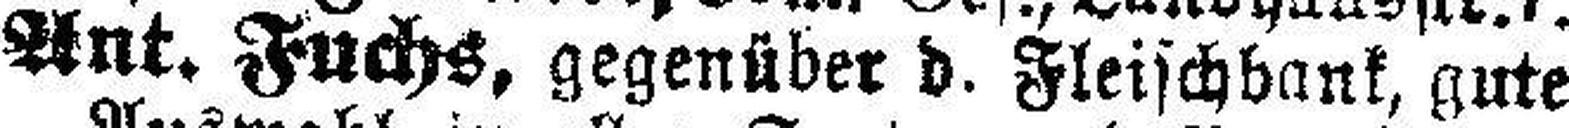
Ant. Fuchs, gegenüber d. Fleischbank, gute